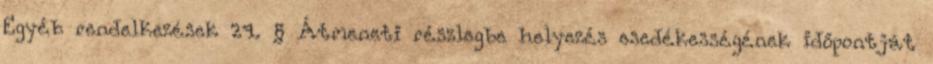
Egyéb rendelkezések 24. § Átmeneti részlegbe helyezés esedékességének időpontját